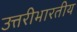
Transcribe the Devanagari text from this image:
उत्तरीभारतीय